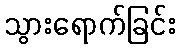
သွားရောက်ခြင်း